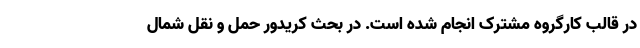
در قالب کارگروه مشترک انجام شده است. در بحث کریدور حمل و نقل شمال